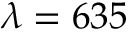
\lambda = 6 3 5